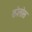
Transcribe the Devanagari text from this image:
कोलोस